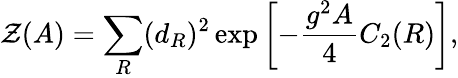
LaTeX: {\cal Z}(A)=\sum_{R}(d_{R})^{2}\exp\left[-{\frac{g^{2}A}{4}}C_{2}(R)\right],